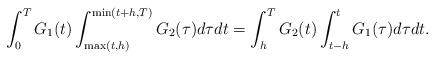
LaTeX: \begin{align*} \int_0^T G_1(t) \int_{\max(t,h)}^{\min(t+h,T)} G_2(\tau)d\tau dt = \int_h^T G_2(t) \int_{t-h}^t G_1(\tau)d\tau dt.\end{align*}